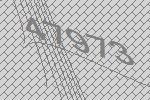
47973